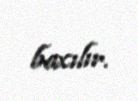
baxılır.